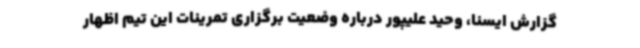
گزارش ایسنا، وحید علیپور درباره وضعیت برگزاری تمرینات این تیم اظهار